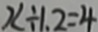
x \div 1 . 2 = 4